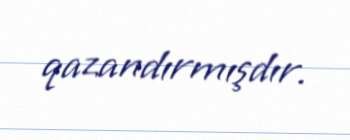
qazandırmışdır.